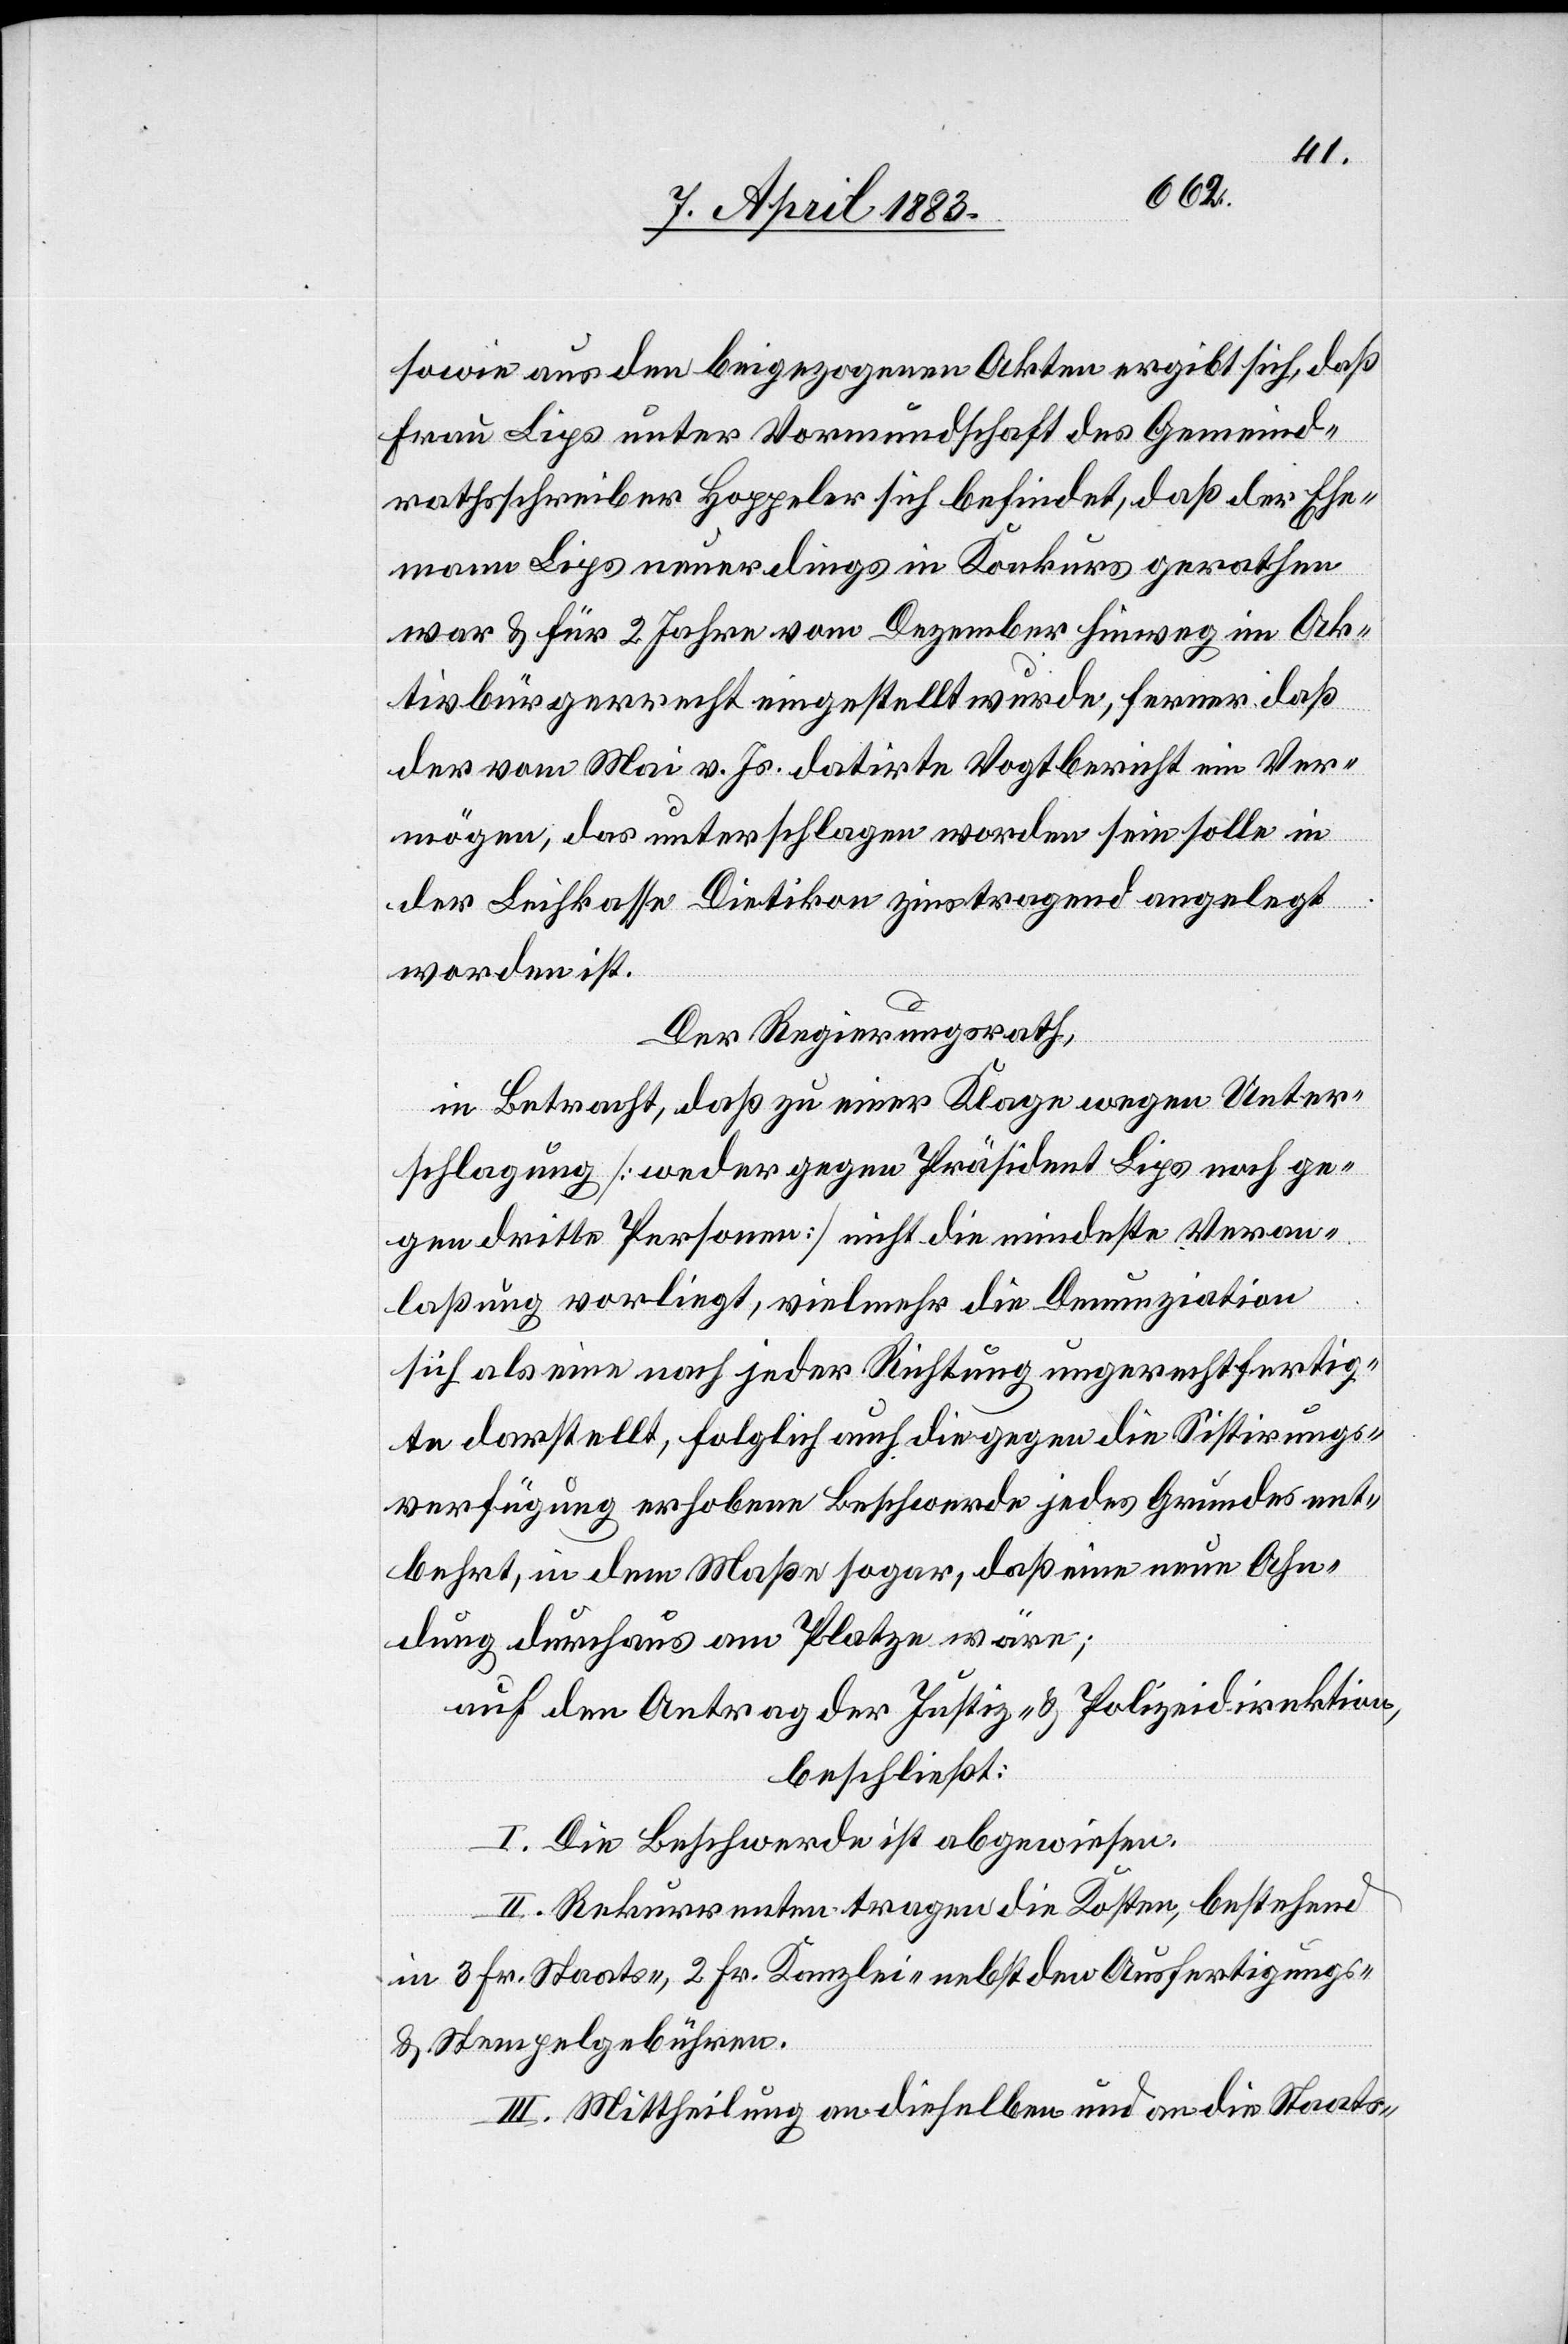
sowie aus den beigezogenen Akten ergibt sich, daß
Frau Lips unter Vormundschaft des Gemeind¬
rathsschreiber Hoppeler sich befindet, daß der Ehe¬
mann Lips neuerdings in Konkurs gerathen
war & für 2 Jahre vom Dezember hinweg im Ak¬
tivbürgerrecht eingestellt wurde, ferner daß
der vom Mai v. Js. datirte Vogtbericht ein Ver¬
mögen, das unterschlagen worden sein solle in
der Leihkasse Dietikon zinstragend angelegt
worden ist.
Der Regierungsrath,
in Betracht, daß zu einer Klage wegen Unter¬
schlagung [weder gegen Präsident Lips noch ge¬
gen dritte Personen] nicht die mindeste Veran¬
laßung vorliegt, vielmehr die Denunziation
sich als eine nach jeder Richtung ungerechtfertig¬
te darstellt, folglich auch die gegen die Sistirungs¬
verfügung erhobene Beschwerde jedes Grundes ent¬
behrt, in dem Maße sogar, daß eine neue Ahn¬
dung durchaus am Platze wäre;
auf Antrag der Justiz- & Polizeidirektion,
beschließt:
I. Die Beschwerde ist abgewiesen.
II. Rekurrenten tragen die Kosten, bestehend
in 3 Fr. Staats-, 2 Fr. Kanzlei- nebst den Ausfertigungs-
und Stempelgebühren.
III. Mittheilung an dieselben und an die Staats-